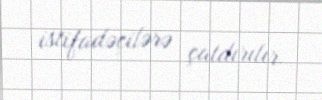
istifadəçilərə çatdırılır.